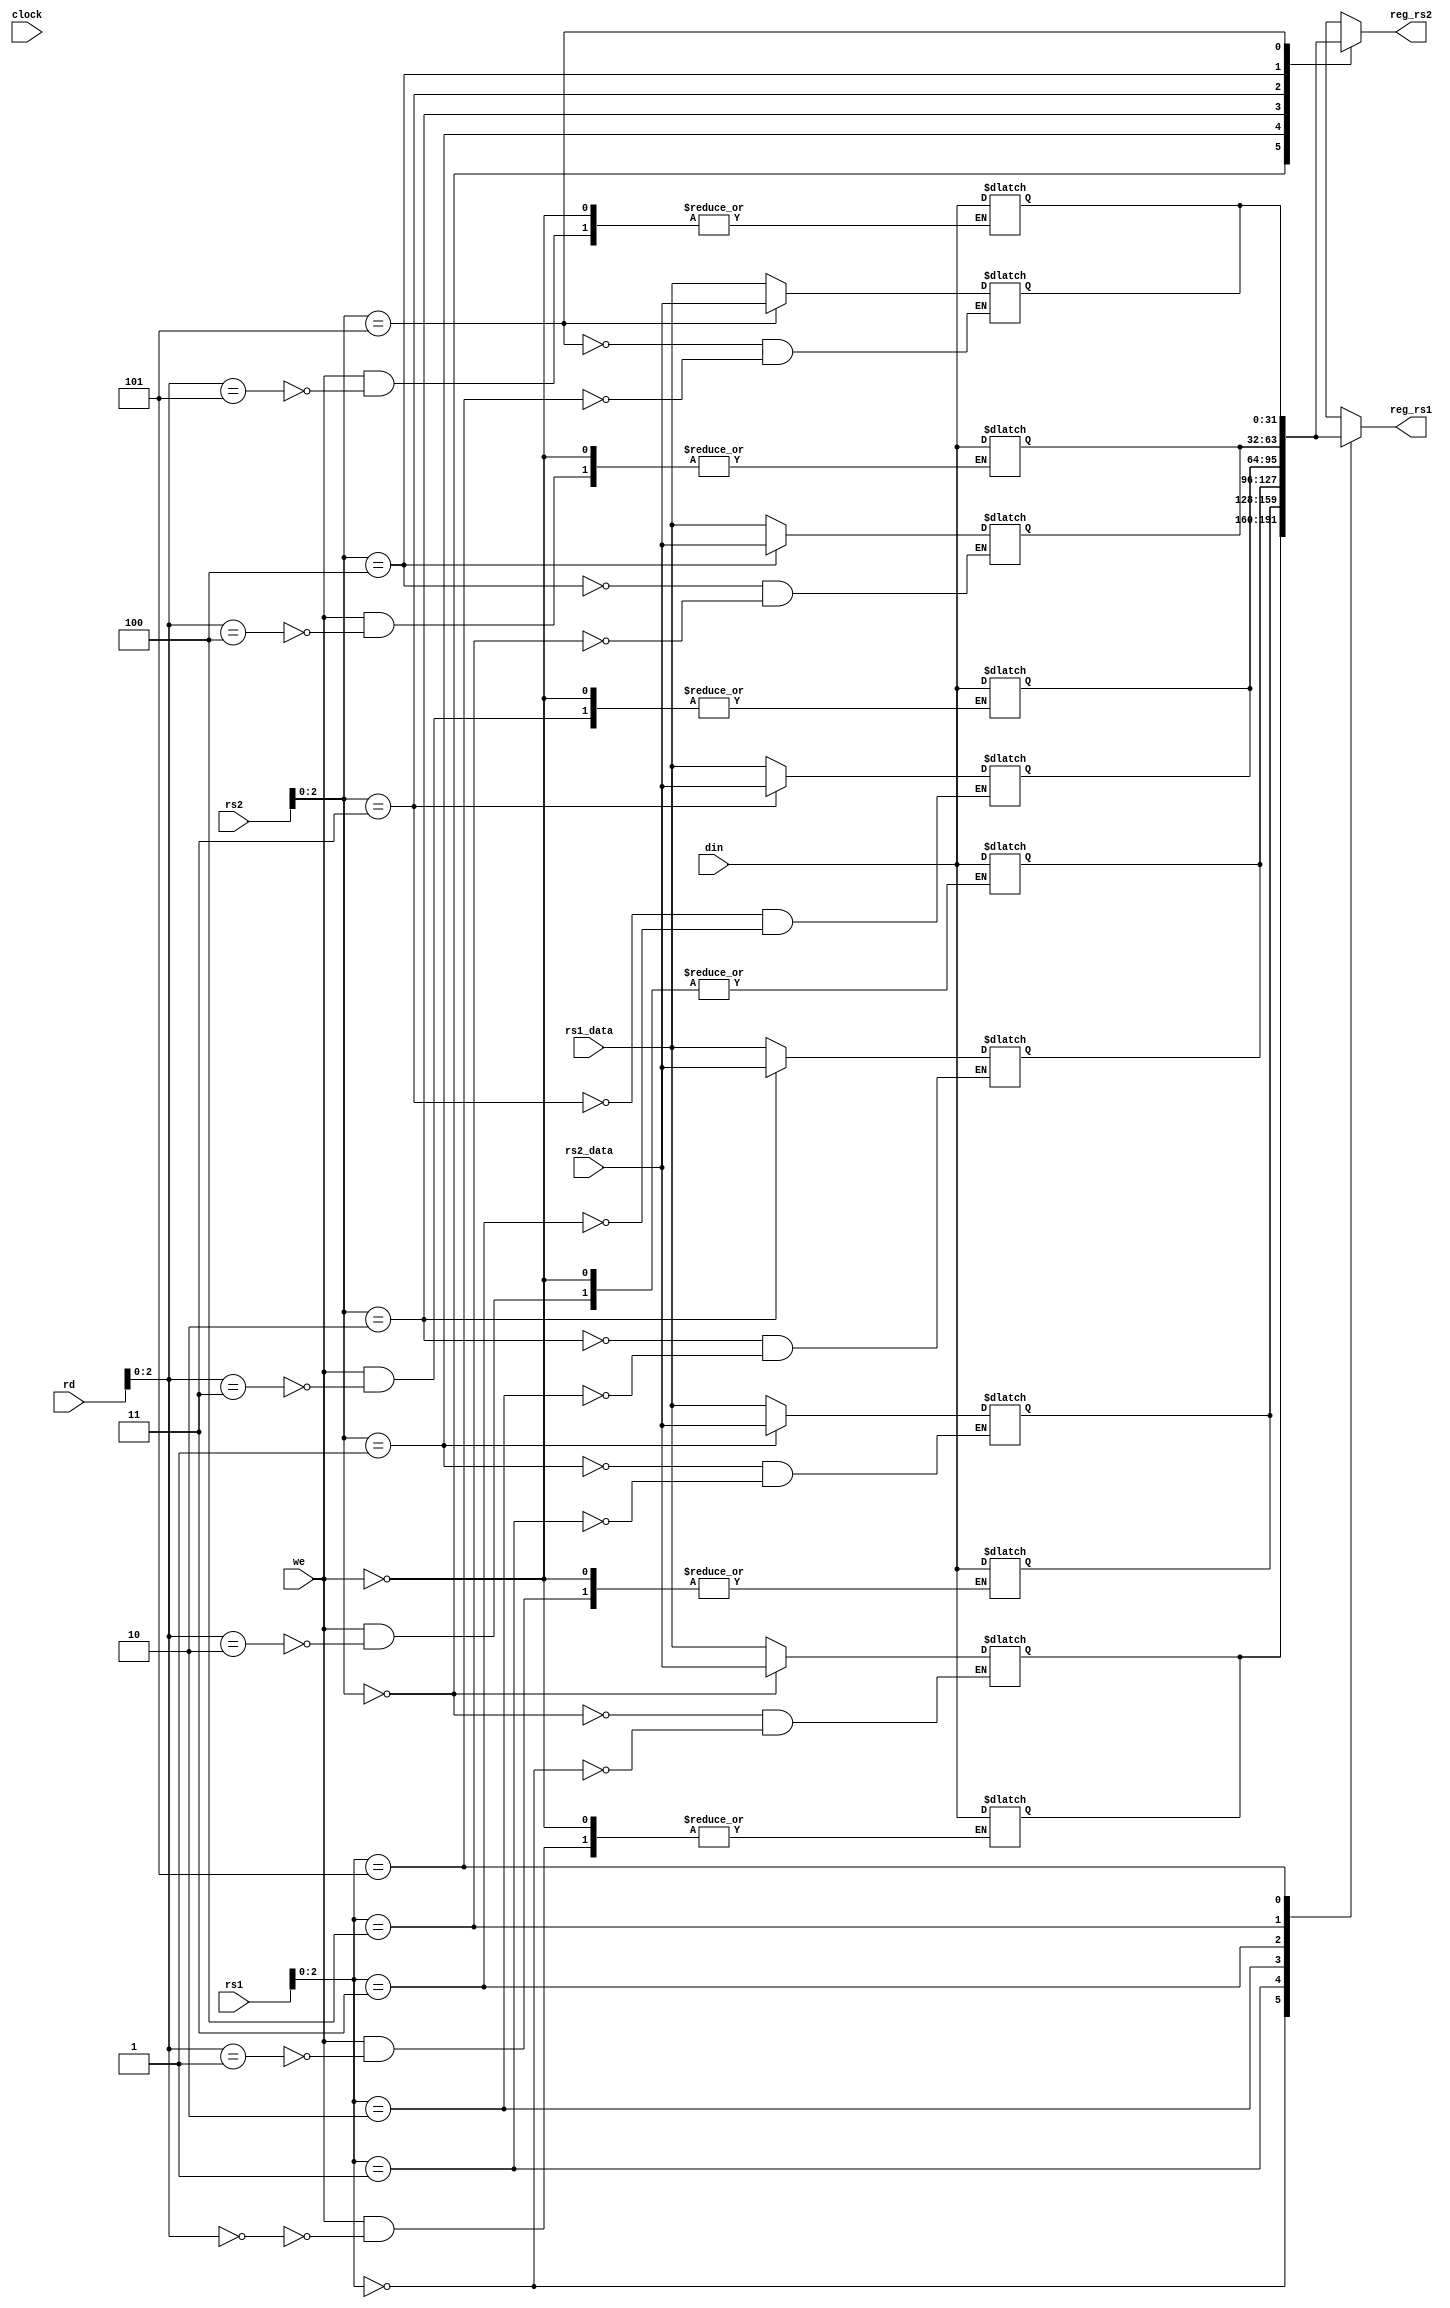
module register_file(reg_rs1,reg_rs2,rs1,rs2,rd, rs1_data,rs2_data,din,clock,we);
output reg [31:0] reg_rs1;
output reg [31:0] reg_rs2;
input[4:0]  rs1;
input[4:0]  rs2;
input[4:0]  rd;
input [31:0] din;  // data to be written in rd after ALU opertaion.
input [31:0] rs1_data, rs2_data; // data stored in registers rs1 and rs2. Doubt whether this should be given as input or given a default value in this module itself
input clock,we; // Put the write enable signal to write the output of load or add opertaions in the register file. Dependent on opcode

reg [31:0] reg_file[5:0];   //creating 32 bit register file with 32 registers. Doubt is it okay to create 3 seperate registers insead of this. So its easy to read and write 
integer i;
//Storing the values in registers
initial
begin
for (i =0 ; i<6 ;i=i+1) reg_file[i] <= 32'b0;
end

//loading data
always@(rs1 or rs2 or rs1_data or rs2_data)
begin
 reg_file[rs1] <= rs1_data;
 reg_file[rs2] <= rs2_data;
end

always@(*)
begin
	reg_rs1 = reg_file[rs1];
	reg_rs2 = reg_file[rs2];
  end

//Write operation or read
always@(*)
begin
 if(we) 
 reg_file[rd] <= din;  
end

  
endmodule